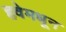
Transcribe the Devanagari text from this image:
हवेमधून